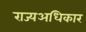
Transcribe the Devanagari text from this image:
राज्यअधिकार